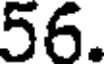
56.